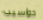
حواسيب